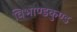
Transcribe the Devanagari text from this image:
विभाण्डकुण्ड